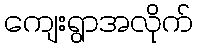
ကျေးရွာအလိုက်